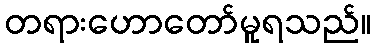
တရားဟောတော်မူရသည်။